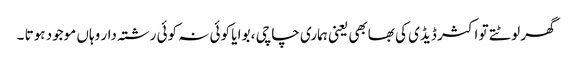
گھر لوٹتے تو اکثر ڈیڈی کی بھابھی یعنی ہماری چاچی ، بوا یا کوئی نہ کوئی رشتہ دار وہاں موجود ہوتا ۔